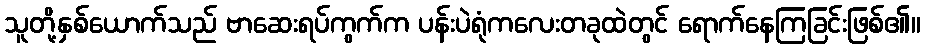
သူတို့နှစ်ယောက်သည် ဗာဆေးရပ်ကွက်က ပန်းပဲရုံကလေးတခုထဲတွင် ရောက်နေကြခြင်းဖြစ်၏။